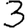
Digit: 3